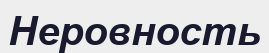
Неровность